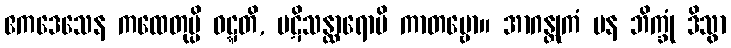
ဧကဒေသေန ကထေတုမ္ပိ ဝဋ္ဋတိ, ပဋိသန္ထာရောပိ ကာတဗ္ဗော။ အာဂန္တုကံ ပန ဘိက္ခုံ ဒိသွာ